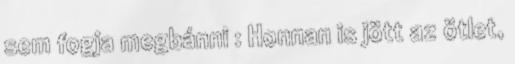
sem fogja megbánni : Honnan is jött az ötlet,